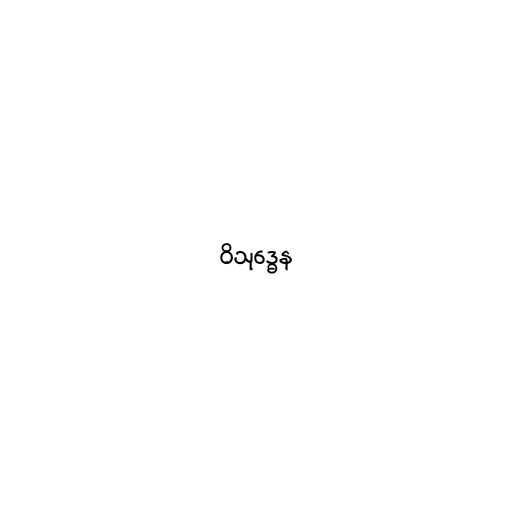
ဝိသုဒ္ဓေန